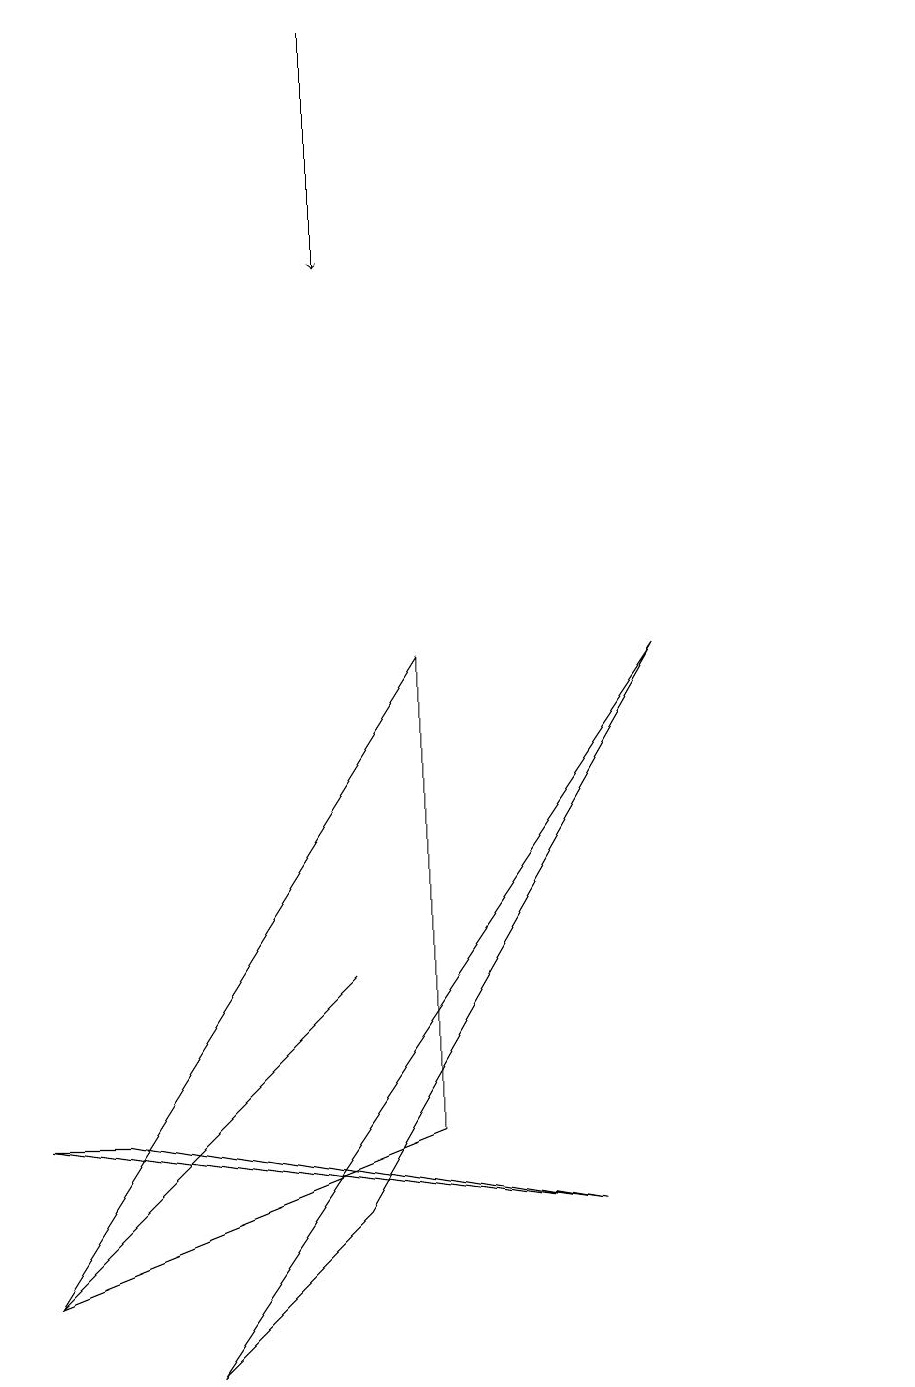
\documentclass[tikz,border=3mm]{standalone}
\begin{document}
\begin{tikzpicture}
\draw (11,12) circle (0);
\draw (8,9) -- (2,0) -- (4,2) -- cycle;
\draw[->] (4,17) -- (4,14);
\draw (5,9) -- (0,1) -- (5,3) -- cycle;
\draw (0,3) -- (1,3) -- (7,2) -- cycle;
\draw (1,2) -- (4,5) -- (0,1) -- cycle;
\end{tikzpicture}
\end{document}